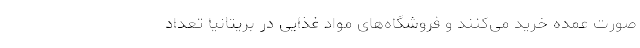
صورت عمده خرید می‌کنند و فروشگاه‌های مواد غذایی در بریتانیا تعداد